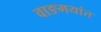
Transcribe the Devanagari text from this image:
वाङमयांत